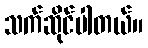
သက်ဆိုင်ပါတယ်။